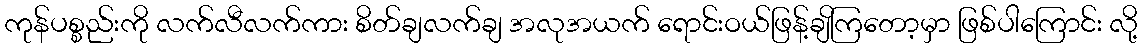
ကုန်ပစ္စည်းကို လက်လီလက်ကား စိတ်ချလက်ချ အလုအယက် ရောင်းဝယ်ဖြန့်ချိကြတော့မှာ ဖြစ်ပါကြောင်း လို့